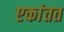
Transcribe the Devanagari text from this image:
एकांतत